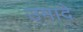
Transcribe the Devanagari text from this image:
उमादे